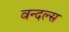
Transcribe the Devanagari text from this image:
वन्दल्स